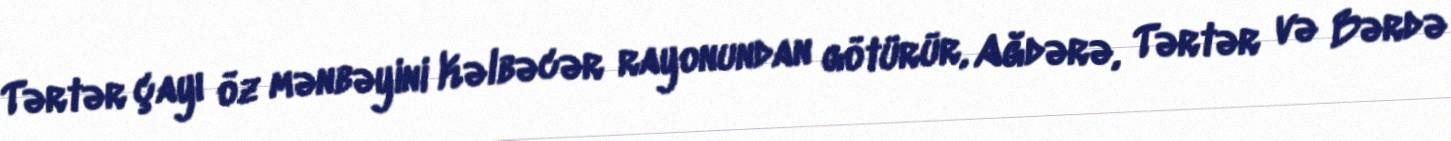
Tərtər çayı öz mənbəyini Kəlbəcər rayonundan götürür, Ağdərə, Tərtər və Bərdə